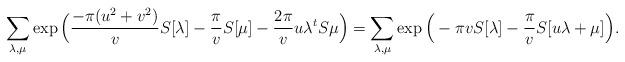
LaTeX: \begin{align*} \sum_{\lambda, \mu} \exp \Big( \frac{- \pi(u^2+v^2)}{v} S[\lambda] - \frac{\pi}{v} S[\mu] -\frac{2 \pi}{v} u\lambda^t S\mu \Big) = \sum_{\lambda, \mu} \exp \Big( - \pi v S[\lambda] - \frac{\pi}{v} S[u \lambda + \mu] \Big). \end{align*}